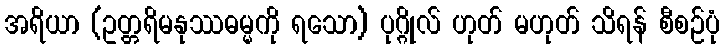
အရိယာ (ဥတ္တရိမနုဿဓမ္မကို ရသော) ပုဂ္ဂိုလ် ဟုတ် မဟုတ် သိရန် စီစဉ်ပုံ